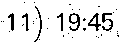
11) 19:45